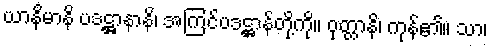
ယာနိမာနိ ပဒဋ္ဌာနာနိ၊ အကြင်ပဒဋ္ဌာန်တို့ကို။ ဝုတ္တာနိ၊ ကုန်၏။ သာ၊